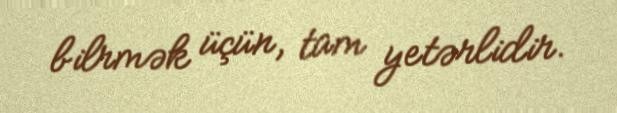
bilrmək üçün, tam yetərlidir.